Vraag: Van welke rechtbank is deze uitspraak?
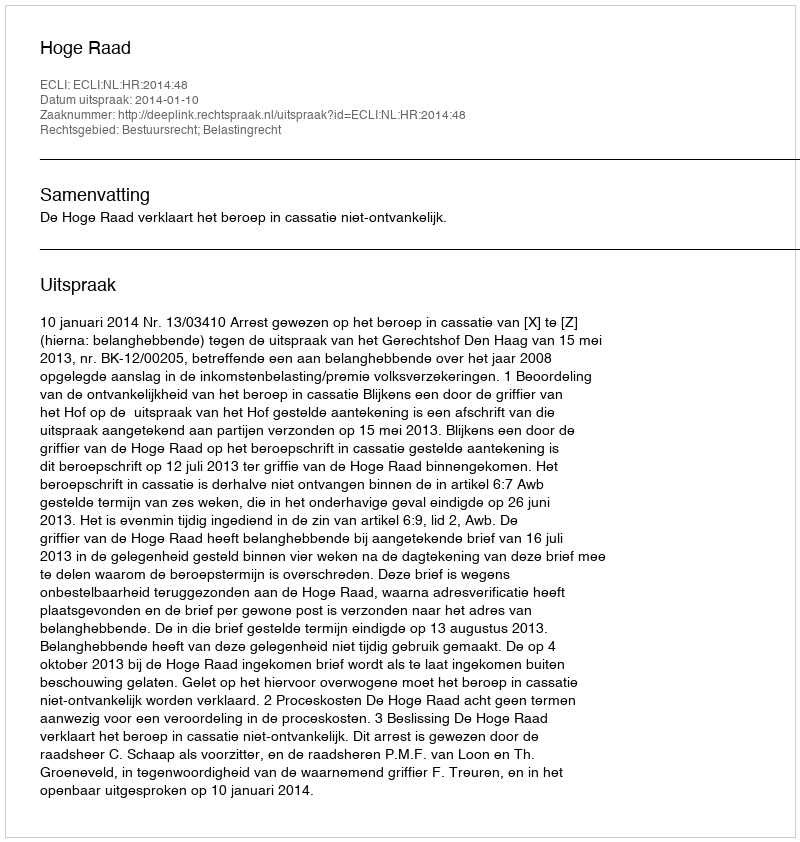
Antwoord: Hoge Raad